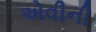
એવીની